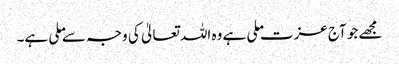
مجھے جو آج عزت ملی ہے وہ اللہ تعالیٰ کی وجہ سے ملی ہے۔